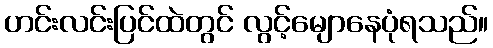
ဟင်းလင်းပြင်ထဲတွင် လွင့်မျောနေပုံရသည်။